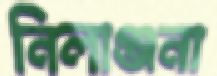
নিলাঞ্জনা